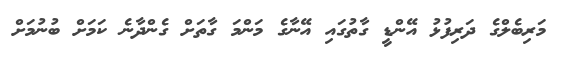
މަރިބެލްގެ ދަރިފުޅު އޭންޑީ ގާތުގައި އޭނާގެ މަންމަ ގާތަށް ގެންދާނެ ކަމަށް ބުނުމަށް